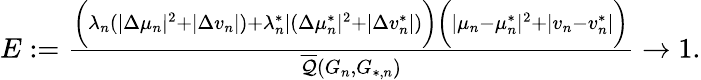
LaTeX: \begin{array}{r}{E:=\frac{\biggr(\lambda_{n}(|\Delta\mu_{n}|^{2}+|\Delta v_{n}|)+\lambda_{n}^{*}|(\Delta\mu_{n}^{*}|^{2}+|\Delta v_{n}^{*}|)\biggr)\biggr(|\mu_{n}-\mu_{n}^{*}|^{2}+|v_{n}-v_{n}^{*}|\biggr)}{\overline{{\mathcal{Q}}}(G_{n},G_{*,n})}\to 1.}\end{array}